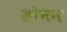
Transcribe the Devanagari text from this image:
शोनन